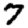
Digit: 7